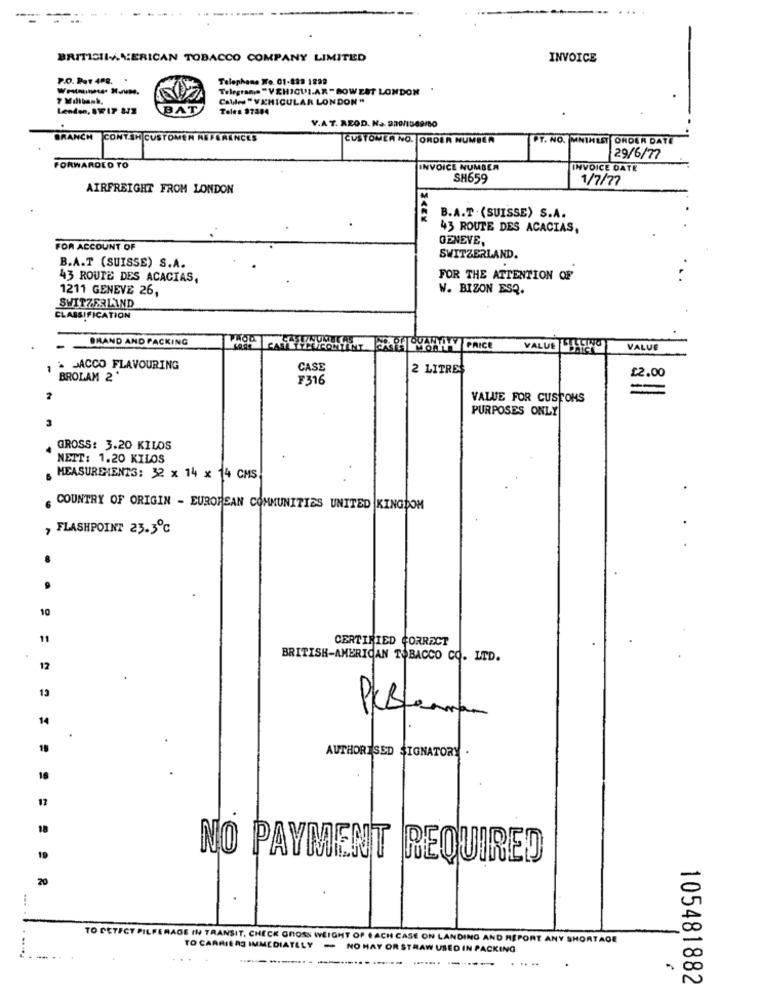
BRITICILAMERICAN TOBACCO COMPANY LIMITED
INVOICE
P.O. Pat 408.
Telephone Wo. 01-489 1828
Telegrams "VEHICUI.AR -BOWEST LONDON
Calles " VEHICULAR LONDON "
Lenden, SW I7 372
BAT
Telea 97384
V.A 7. RZOD. Na. 920/1049/80
BRANCH
CONT.SH CUSTOMEN REFERENCES
CUSTOMER NO. ORDER NUMBER
PT. NO. MNIHEST ORDER DATE
29/6/77
FORWARDED TO
INVOICE NUMBER
INVOICE DATE
SH659
1/7/77
AIRFREIGHT FROM LONDON
B.A.T . (SUISSE) S.A.
43 ROUTE DES ACACIAS,
GENEVE,
FOR ACCOUNT OF
SWITZERLAND.
B.A.T (SUISSE) S.A.
43 ROUTE DES ACACIAS,
FOR THE ATTENTION OF
1211 GENEVE 26,
W. BIZON ESQ.
SWITZERLAND
CLASSIFICATION
BRAND AND PACKING
MEONT
VALUE JUSTO
VALUE
& JACCO FLAVOURING
CASE
2 LITRES
£2.00
BROLAM 2
F316
2
VALUE FOR CUSTOMS
PURPOSES ONLY
3
GROSS: 3.20 KILOS
NETT: 1.20 KILOS
MEASUREMENTS: 32 x 14 x 14 CMS
COUNTRY OF ORIGIN - EUROPEAN COMMUNITIES UNITED KINGDOM
FLASHPOINT 23.3℃
10
11
CERTIFIED CORRECT
BRITISH-AMERICAN TOBACCO CO. LTD.
12
13
14
.
AUTHORISED SIGNATORY
16
17
18
19
NO PAYMENT REQUIRED
20
TO DETECT PILFERAGE IN TRANSIT, CHECK GROSS WEIGHT OF EACH CASE ON LANDING AND REPORT ANY SHORTAGE
TO CARRIERS IMMEDIATELY
NO HAY OR STRAW USED IN PACKING
.. .
105481882